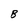
Character: B